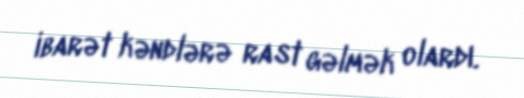
ibarət kəndlərə rast gəlmək olardı.